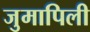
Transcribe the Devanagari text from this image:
जुमापिली